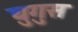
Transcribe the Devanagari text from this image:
घुगुस